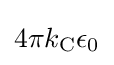
4\pi k_{\rm {C}}\epsilon _{0}